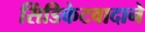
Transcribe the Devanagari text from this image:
सिंडिकेटवादाने